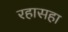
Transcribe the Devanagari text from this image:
रहासहा